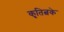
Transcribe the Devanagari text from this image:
कृतित्वके